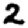
Digit: 2